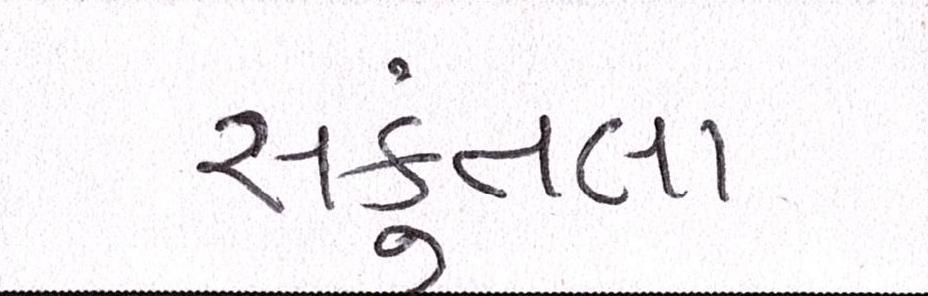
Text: સકુંતલા